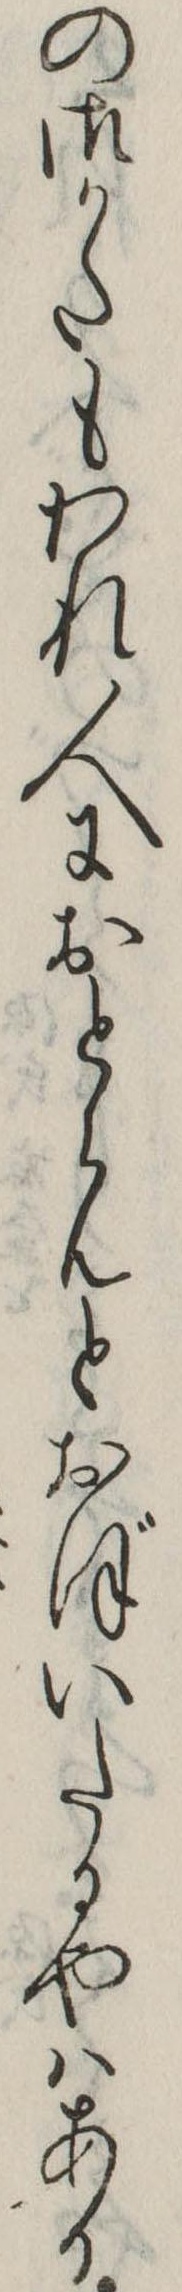
の御かたもわれ人におとらんとおぼいたるやはある